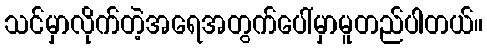
သင်မှာလိုက်တဲ့အရေအတွက်ပေါ်မှာမူတည်ပါတယ်။